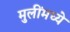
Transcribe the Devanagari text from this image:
मुलींमध्ये